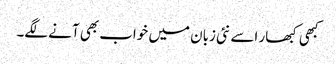
کبھی کبھار اسے نئی زبان میں خواب بھی آنے لگے۔